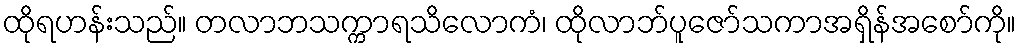
ထိုရဟန်းသည်။ တလာဘသက္ကာရသိလောကံ၊ ထိုလာဘ်ပူဇော်သကာအရှိန်အစော်ကို။